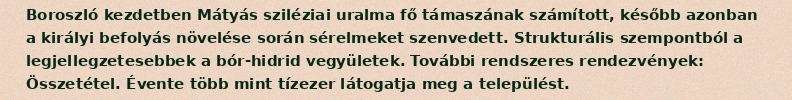
Boroszló kezdetben Mátyás sziléziai uralma fő támaszának számított, később azonban a királyi befolyás növelése során sérelmeket szenvedett. Strukturális szempontból a legjellegzetesebbek a bór-hidrid vegyületek. További rendszeres rendezvények: Összetétel. Évente több mint tízezer látogatja meg a települést.